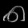
Digit: ၈